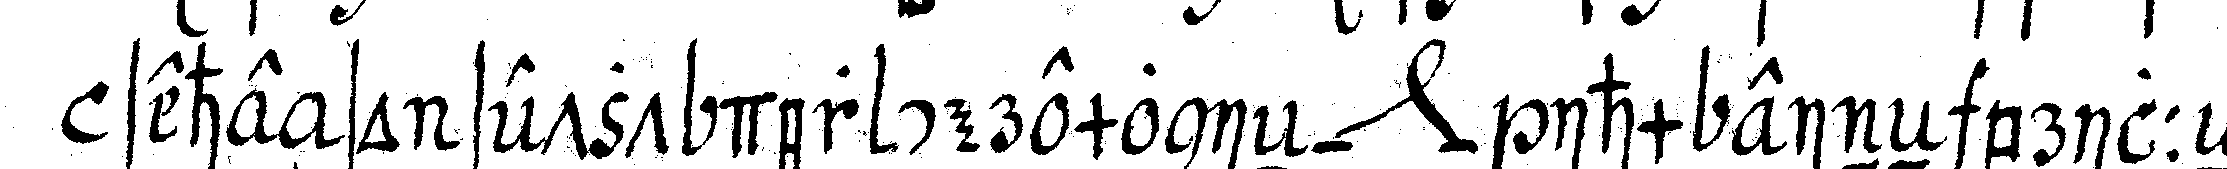
sehe so setzt der ceremonieN *nee* ihm eineN brilleN